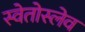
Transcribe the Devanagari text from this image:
स्वेतोस्लेव